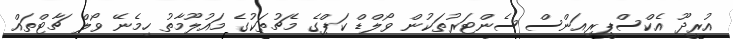
އުރީދޫ އެކްސްޕީރިއަންސް ސެންޓަރުތަކުން ވޯލްޑް ކަޕްގެ މެޗުތަކުގެ މައުލޫމާތު ހިމެނޭ ވޯލް ޗާޓްތައް